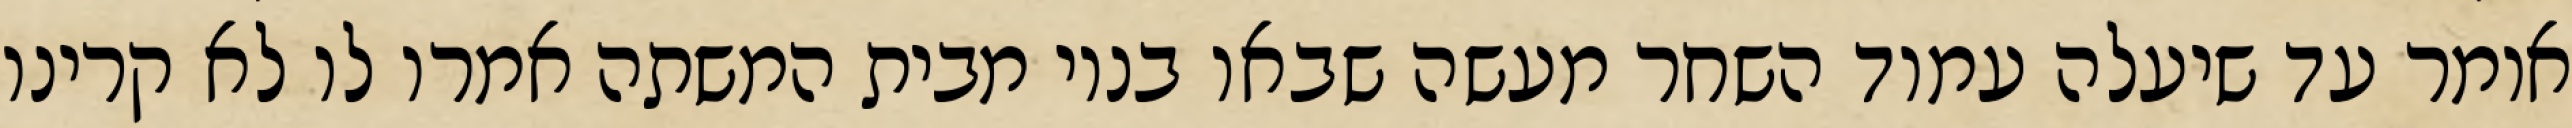
אומר עד שיעלה עמוד השחר מעשה שבאו בניו מבית המשתה אמרו לו לא קרינו